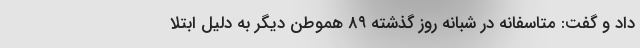
داد و گفت: متاسفانه در شبانه روز گذشته ۸۹ هموطن دیگر به دلیل ابتلا